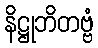
နိဋ္ဌုဘိတဗ္ဗံ